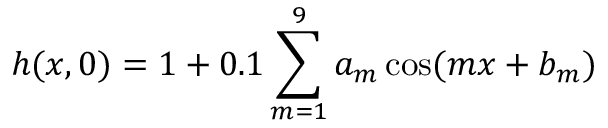
h ( x , 0 ) = 1 + 0 . 1 \sum _ { m = 1 } ^ { 9 } a _ { m } \cos ( m x + b _ { m } )